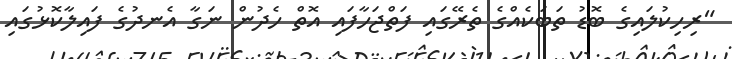
"ރިހިކުލައިގެ ބޮޑު ތަބަކެއްގެ ތެރޭގައި ފަތްޖަހާފައި އޮތް ހެދުން ނަގާ އެނދުގެ ފައިލާކޮޅުގައި